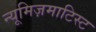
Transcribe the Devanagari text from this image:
न्यूमिज़माटिस्ट